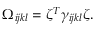
\Omega _ { i j k l } = \zeta ^ { T } \gamma _ { i j k l } \zeta .